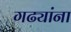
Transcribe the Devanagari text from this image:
गढ्यांना